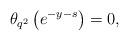
LaTeX: \begin{align*} \theta_{q^{2}}\left(e^{-y-s}\right)=0, \end{align*}